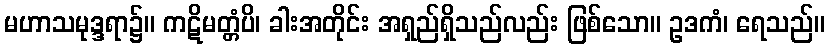
မဟာသမုဒ္ဒရာ၌။ ကဋိမတ္တံပိ၊ ခါးအတိုင်း အရှည်ရှိသည်လည်း ဖြစ်သော။ ဥဒကံ၊ ရေသည်။